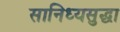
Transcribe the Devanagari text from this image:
सानिध्यसुद्धा